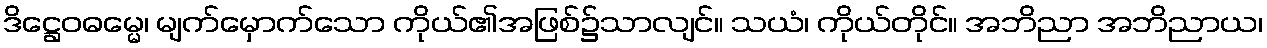
ဒိဋ္ဌေဝဓမ္မေ၊ မျက်မှောက်သော ကိုယ်၏အဖြစ်၌သာလျင်။ သယံ၊ ကိုယ်တိုင်။ အဘိညာ အဘိညာယ၊